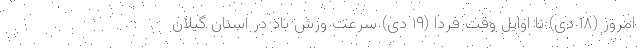
امروز (۱۸ دی) تا اوایل وقت فردا (۱۹ دی) سرعت وزش باد در استان گیلان